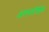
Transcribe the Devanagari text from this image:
अवयवविशेष